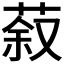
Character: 𮏽